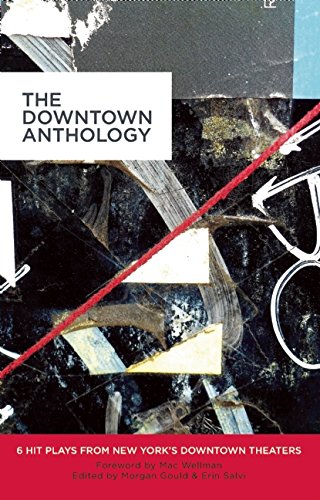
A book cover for The Downtown Anthology: 6 Hit Plays from New York's Downtown Theaters; Erin Courtney; Literature & Fiction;